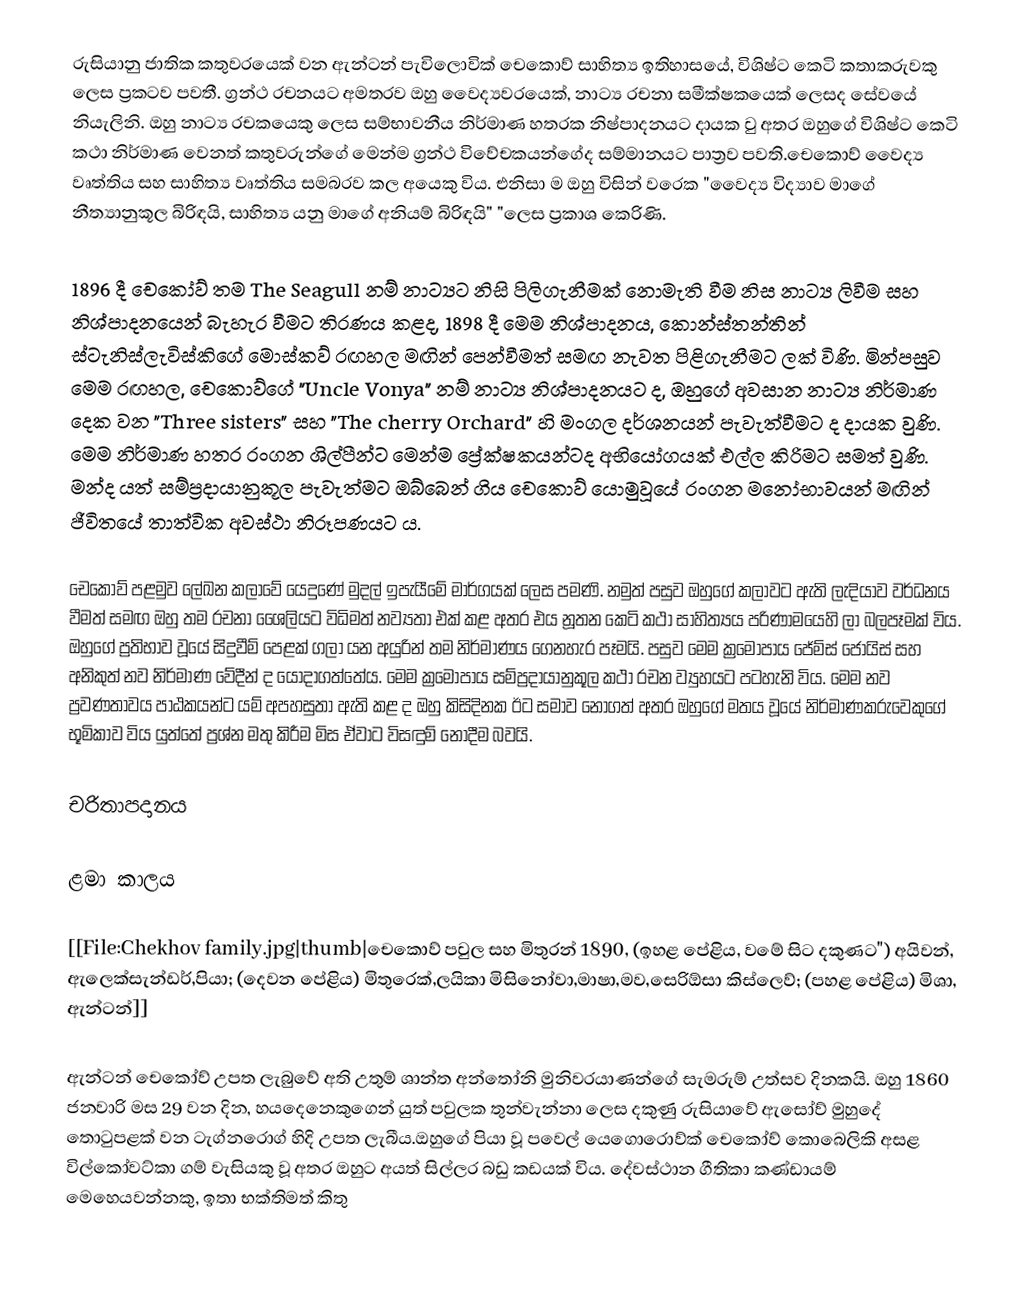
රුසියානු ජාතික කතුවරයෙක් වන ඇන්ටන් පැවිලොවික් චෙකොව් සාහිත්‍ය ඉතිහාසයේ, විශිෂ්ට කෙටි කතාකරුවකු ලෙස ප්‍රකටව පවතී. ග්‍රන්ථ රචනයට අමතරව ඔහු වෛද්‍යවරයෙක්, නාට්‍ය රචනා සමීක්ෂකයෙක් ලෙසද සේවයේ නියැලිනි. ඔහු නාට්‍ය රචකයෙකු ලෙස සම්භාවනීය නිර්මාණ හතරක නිෂ්පාදනයට දායක වු අතර ඔහුගේ විශිෂ්ට කෙටි කථා නිර්මාණ වෙනත් කතුවරුන්ගේ මෙන්ම ග්‍රන්ථ විවේචකයන්ගේද සම්මානයට පාත්‍රව පවති.චෙකොව් වෛද්‍ය වෘත්තිය සහ සාහිත්‍ය වෘත්තිය සමබරව කල අයෙකු විය. එනිසා ම ඔහු විසින් වරෙක "වෛද්‍ය විද්‍යාව මාගේ නීත්‍යානුකූල බිරිඳයි, සාහිත්‍ය යනු මාගේ අනියම් බිරිඳයි" "ලෙස ප්‍රකාශ කෙරිණි.

1896 දී චෙකෝව් තම The Seagull නම් නාට්‍යට නිසි පිලිගැනීමක් නොමැති වීම නිස නාට්‍ය ලිවීම සහ නිශ්පාදනයෙන් බැහැර වීමට තිරණය කළද, 1898 දී මෙම නිශ්පාදනය, කොන්ස්තන්තින් ස්ටැනිස්ලැවිස්කිගේ මොස්කව් රඟහල මඟින් පෙන්වීමත් සමඟ නැවත පිළිගැනීමට ලක් විණි. මින්පසුව මෙම රඟහල, චෙකොව්ගේ "Uncle Vonya" නම් නාට්‍ය නිශ්පාදනයට ද, ඔහුගේ අවසාන නාට්‍ය නිර්මාණ දෙක වන "Three sisters" සහ "The cherry Orchard" හි මංගල දර්ශනයන් පැවැත්වීමට ද දායක වුණි. මෙම නිර්මාණ හතර රංගන ශිල්පීන්ට මෙන්ම ප්‍රේක්ෂකයන්ටද අභියෝගයක් එල්ල කිරිමට සමත් වුණි. මන්ද යත් සම්ප්‍රදායානුකූල පැවැත්මට ඔබ්බෙන් ගිය චෙකොව් යොමුවූයේ රංගන මනෝභාවයන් මඟින් ජීවිතයේ තාත්වික අවස්ථා නිරූපණයට ය.

චෙකෝව් පළමුව ලේඛන කලාවේ යෙදුණේ මුදල් ඉපැයීමේ මාර්ගයක් ලෙස පමණි. නමුත් පසුව ඔහුගේ කලාවට ඇති ලැදියාව වර්ධනය වීමත් සමඟ ඔහු තම රචනා ශෛලියට විධිමත් නව්‍යතා එක් කළ අතර එය නූතන කෙටි කථා සාහිත්‍යය පරිණාමයෙහි ලා බලපෑමක් විය. ඔහුගේ ප්‍රතිභාව වූයේ සිදුවීම් පෙළක් ගලා යන අයුරින් තම නිර්මාණය ගෙනහැර පෑමයි. පසුව මෙම ක්‍රමෝපාය ජේම්ස් ජොයිස් සහ අනිකුත් නව නිර්මාණ වේදීන් ද යොදාගත්තේය. මෙම ක්‍රමෝපාය සම්ප්‍රදායානුකූල කථා රචන ව්‍යුහයට පටහැනි විය. මෙම නව ප්‍රවණතාවය පාඨකයන්ට යම් අපහසුතා ඇති කළ ද ඔහු කිසිදිනක ඊට සමාව නොගත් අතර ඔහුගේ මතය වූයේ නිර්මාණකරුවෙකුගේ භූමිකාව විය යුත්තේ ප්‍රශ්න මතු කිරීම මිස ඒවාට විසඳුම් නොදීම බවයි.

චරිතාපදානය

ළමා කාලය

[[File:Chekhov family.jpg|thumb|චෙකොව් පවුල සහ මිතුරන් 1890, (ඉහළ පේළිය, වමේ සිට දකුණට") අයිවන්, ඇලෙක්සැන්ඩර්,පියා; (දෙවන පේළිය) මිතුරෙක්,ලයිකා මිසිනෝවා,මාෂා,මව,සෙරිඕසා කිස්ලෙව්; (පහළ පේළිය) මිශා, ඇන්ටන්]]

ඇන්ටන් චෙකෝව් උපත ලැබුවේ අති උතුම් ශාන්ත අන්තෝනි මුනිවරයාණන්ගේ  සැමරුම් උත්සව දිනකයි. ඔහු 1860 ජනවාරි මස 29 වන දින, හයදෙනෙකුගෙන් යුත් පවුලක තුන්වැන්නා ලෙස දකුණු රුසියාවේ ඇසෝව් මුහුදේ තොටුපළක් වන ටැග්නරොග් හිදි උපත ලැබීය.ඔහුගේ පියා වූ පවෙල් යෙගොරොව්ක් චෙකෝව් කොබෙලිකි අසළ විල්කෝවට්කා ගම් වැසියකු වූ අතර ඔහුට අයත් සිල්ලර බඩු කඩයක් විය. දේවස්ථාන ගීතිකා කණ්ඩායම් මෙහෙයවන්නකු, ඉතා භක්තිමත් කිතු